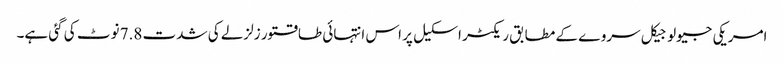
امریکی جیولوجیکل سروے کے مطابق ریکٹر اسکیل پر اس انتہائی طاقتور زلزلے کی شدت 7.8 نوٹ کی گئی ہے۔